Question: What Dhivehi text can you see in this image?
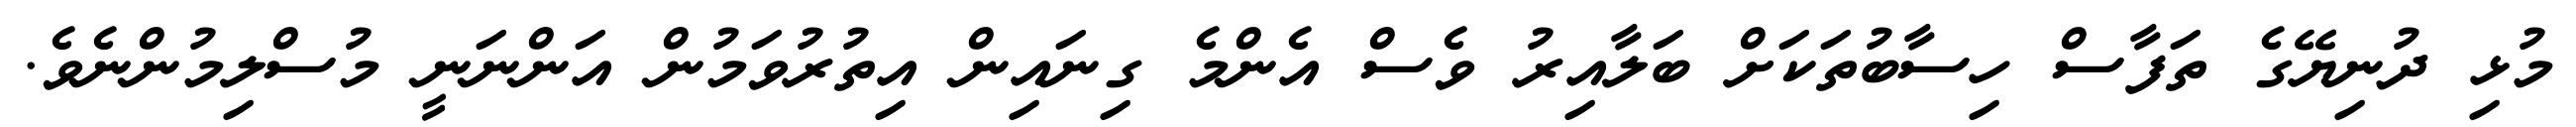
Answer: މުޅި ދުނިޔޭގެ ތަފާސް ހިސާބުތަކަށް ބަލާއިރު ވެސް އެންމެ ގިނައިން އިތުރުވަމުން އަންނަނީ މުސްލިމުންނެވެ.